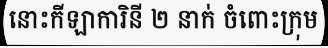
នោះកីឡាការិនី ២ នាក់ ចំពោះក្រុម